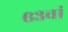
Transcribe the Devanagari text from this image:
६३वां